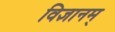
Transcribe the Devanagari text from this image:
विज्ञानम्